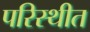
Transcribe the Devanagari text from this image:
परिस्थीत